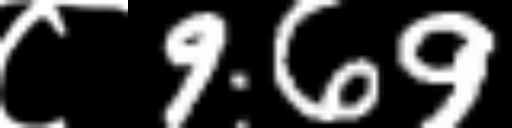
Text: ८969